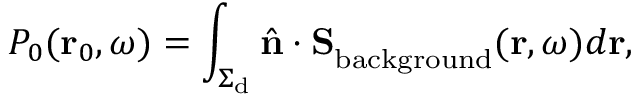
P _ { 0 } ( \mathbf { r } _ { 0 } , \omega ) = \int _ { \Sigma _ { \mathrm { d } } } \hat { { \bf n } } \cdot { \bf S } _ { \mathrm { b a c k g r o u n d } } ^ { \mathrm { } } ( { \bf r } , \omega ) d \mathbf { r } ,